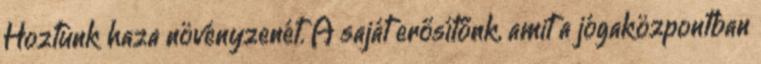
Hoztunk haza növényzenét. A saját erősítőnk, amit a jógaközpontban